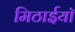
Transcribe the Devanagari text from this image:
मिठाईयाॅ